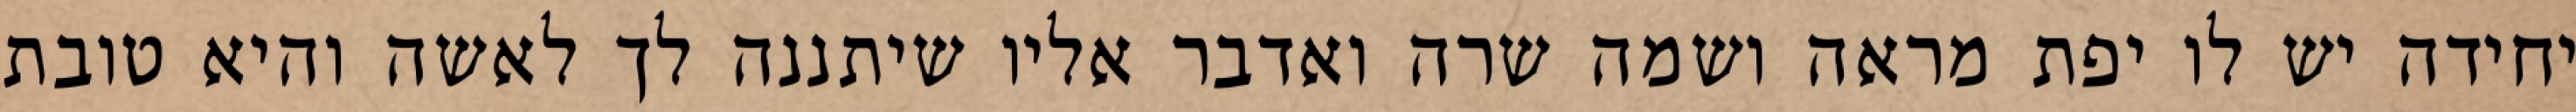
יחידה יש לו יפת מראה ושמה שרה ואדבר אליו שיתננה לך לאשה והיא טובת